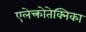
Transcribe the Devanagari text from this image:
एलेक्त्रोतेक्निका